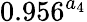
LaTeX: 0.956^{a_{4}}